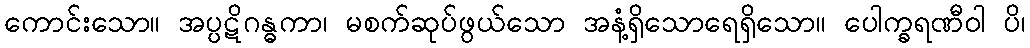
ကောင်းသော။ အပ္ပဋိဂန္ဓကာ၊ မစက်ဆုပ်ဖွယ်သော အနံ့ရှိသောရေရှိသော။ ပေါက္ခရဏီဝါ ပိ၊